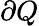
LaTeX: \partial Q